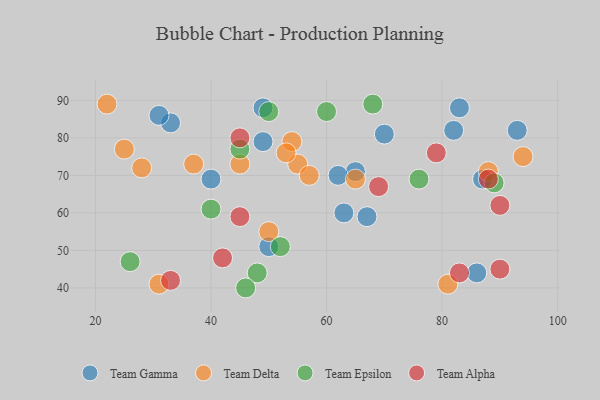
{"axis": {"x": "GDP", "y": "Life Expectancy"}, "legend": ["Team Alpha", "Team Delta", "Team Epsilon", "Team Gamma"], "data": [{"x": "49", "y": 79, "type": "Team Gamma"}, {"x": "67", "y": 59, "type": "Team Gamma"}, {"x": "86", "y": 44, "type": "Team Gamma"}, {"x": "33", "y": 84, "type": "Team Gamma"}, {"x": "87", "y": 69, "type": "Team Gamma"}, {"x": "63", "y": 60, "type": "Team Gamma"}, {"x": "83", "y": 88, "type": "Team Gamma"}, {"x": "49", "y": 88, "type": "Team Gamma"}, {"x": "82", "y": 82, "type": "Team Gamma"}, {"x": "65", "y": 71, "type": "Team Gamma"}, {"x": "93", "y": 82, "type": "Team Gamma"}, {"x": "70", "y": 81, "type": "Team Gamma"}, {"x": "62", "y": 70, "type": "Team Gamma"}, {"x": "40", "y": 69, "type": "Team Gamma"}, {"x": "31", "y": 86, "type": "Team Gamma"}, {"x": "50", "y": 51, "type": "Team Gamma"}, {"x": "50", "y": 55, "type": "Team Delta"}, {"x": "88", "y": 71, "type": "Team Delta"}, {"x": "45", "y": 73, "type": "Team Delta"}, {"x": "54", "y": 79, "type": "Team Delta"}, {"x": "31", "y": 41, "type": "Team Delta"}, {"x": "55", "y": 73, "type": "Team Delta"}, {"x": "28", "y": 72, "type": "Team Delta"}, {"x": "37", "y": 73, "type": "Team Delta"}, {"x": "53", "y": 76, "type": "Team Delta"}, {"x": "57", "y": 70, "type": "Team Delta"}, {"x": "81", "y": 41, "type": "Team Delta"}, {"x": "25", "y": 77, "type": "Team Delta"}, {"x": "94", "y": 75, "type": "Team Delta"}, {"x": "22", "y": 89, "type": "Team Delta"}, {"x": "65", "y": 69, "type": "Team Delta"}, {"x": "45", "y": 77, "type": "Team Epsilon"}, {"x": "60", "y": 87, "type": "Team Epsilon"}, {"x": "52", "y": 51, "type": "Team Epsilon"}, {"x": "76", "y": 69, "type": "Team Epsilon"}, {"x": "50", "y": 87, "type": "Team Epsilon"}, {"x": "26", "y": 47, "type": "Team Epsilon"}, {"x": "89", "y": 68, "type": "Team Epsilon"}, {"x": "68", "y": 89, "type": "Team Epsilon"}, {"x": "40", "y": 61, "type": "Team Epsilon"}, {"x": "48", "y": 44, "type": "Team Epsilon"}, {"x": "46", "y": 40, "type": "Team Epsilon"}, {"x": "69", "y": 67, "type": "Team Alpha"}, {"x": "83", "y": 44, "type": "Team Alpha"}, {"x": "45", "y": 80, "type": "Team Alpha"}, {"x": "42", "y": 48, "type": "Team Alpha"}, {"x": "45", "y": 59, "type": "Team Alpha"}, {"x": "33", "y": 42, "type": "Team Alpha"}, {"x": "79", "y": 76, "type": "Team Alpha"}, {"x": "90", "y": 62, "type": "Team Alpha"}, {"x": "90", "y": 45, "type": "Team Alpha"}, {"x": "88", "y": 69, "type": "Team Alpha"}]}